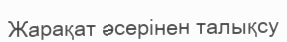
Жарақат әсерінен талықсу